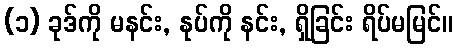
(၁) ခုဒ်ကို မနင်း, နုပ်ကို နင်း, ရှိခြင်း ရိပ်မမြင်။